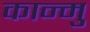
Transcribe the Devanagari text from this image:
कान्मु